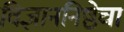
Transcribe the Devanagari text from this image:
विज्ञाननिष्ठेचा